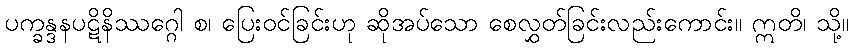
ပက္ခန္ဒနပဋိနိဿဂ္ဂေါ စ၊ ပြေးဝင်ခြင်းဟု ဆိုအပ်သော စေလွှတ်ခြင်းလည်းကောင်း။ ဣတိ၊ သို့။